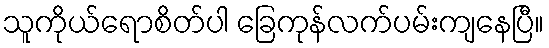
သူကိုယ်ရောစိတ်ပါ ခြေကုန်လက်ပမ်းကျနေပြီ။